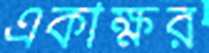
একাক্ষর